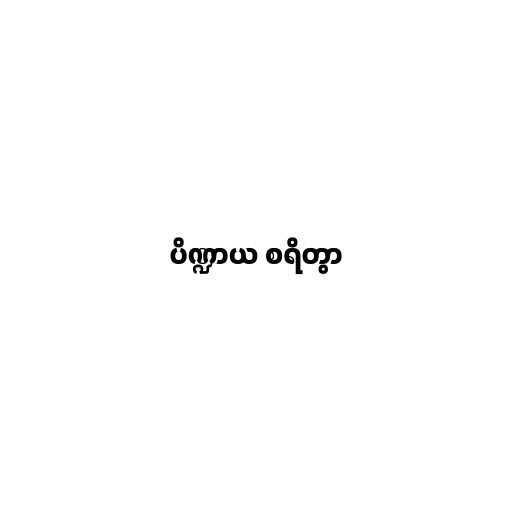
ပိဏ္ဍာယ စရိတွာ